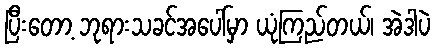
ပြီးတော့ ဘုရားသခင်အပေါ်မှာ ယုံကြည်တယ်၊ အဲဒါပဲ